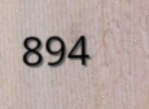
894